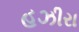
હઝીરા